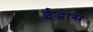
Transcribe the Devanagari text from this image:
ईद्भास